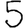
Digit: 5